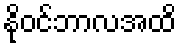
နိုဝင်ဘာလအထိ